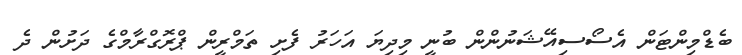
ބެޑްމިންޓަން އެސޯސިއޭޝަނުންން ބުނީ މިދިޔަ އަހަރު ފެށި ތަމްރީން ޕްރޮގްރާމްގެ ދަށުން ދެ